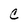
Character: C